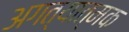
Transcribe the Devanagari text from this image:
अगत्यात्मक